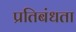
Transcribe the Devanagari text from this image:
प्रतिबंधता